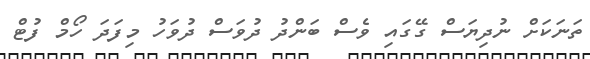
ތަނަކަށް ނުދިޔަސް ގޭގައި ވެސް ބަންދު ދުވަސް ދުވަހު މިފަދަ ހޯމް ފުޓް